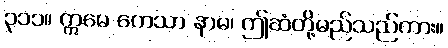
၃၁၁။ ဣမေ ကေသာ နာမ၊ ဤဆံတို့မည်သည်ကား။